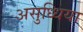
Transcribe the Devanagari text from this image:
असुध्धिया